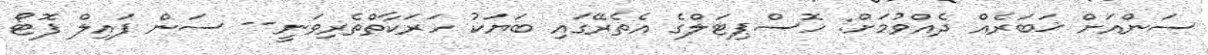
ސަންއަށް ޚަބަރެއް ދެއްވުމަށް: ހޮސްޕިޓަލްގެ އެތެރޭގައި ބަޔަކު ހަރަކާތްތެރިވަނީ-- ސަން ފައިލް ފޮޓޯ